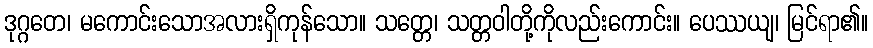
ဒုဂ္ဂတေ၊ မကောင်းသောအလားရှိကုန်သော။ သတ္တေ၊ သတ္တဝါတို့ကိုလည်းကောင်း။ ပေဿယျ၊ မြင်ရာ၏။